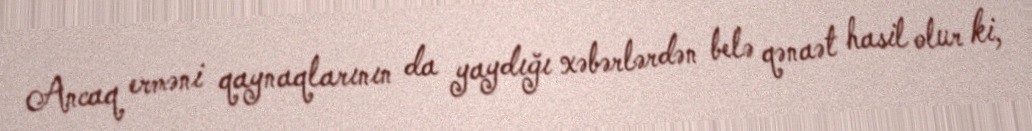
Ancaq erməni qaynaqlarının da yaydığı xəbərlərdən belə qənaət hasil olur ki,